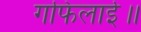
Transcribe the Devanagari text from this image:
गफिलाई॥